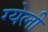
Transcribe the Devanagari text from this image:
ग्येली